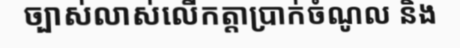
ច្បាស់លាស់លើកត្តាប្រាក់ចំណូល និង